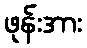
ဖုန်းအား